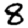
Digit: 8